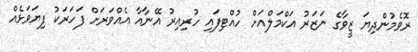
ރޮވެމުންދިޔަ ޒީވާގެ ނަޒަރު އަކްމަލްއަށް ހުއްޓިފައި ހުރިއިރު އޭނާއާ އެއްވަރަށް ފަހަރަކު ފިޔަވަޅެއް